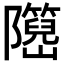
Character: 𬯤